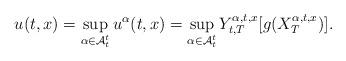
LaTeX: \begin{align*}u(t,x) = \sup_{\alpha \in \mathcal{A}^t_t} u^\alpha(t,x)= \sup_{\alpha \in \mathcal{A}^t_t} {Y}_{t,T}^{\alpha,t,x}[g(X^{\alpha,t,x}_T)].\end{align*}